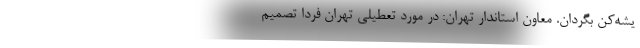
یشه‌کن بگردان. معاون استاندار تهران: در مورد تعطیلی تهران فردا تصمیم